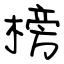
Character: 榜